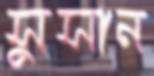
সুসান